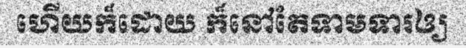
ហើយក៏ដោយ ក៏នៅតែទាមទារឲ្យ